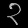
Digit: ၃